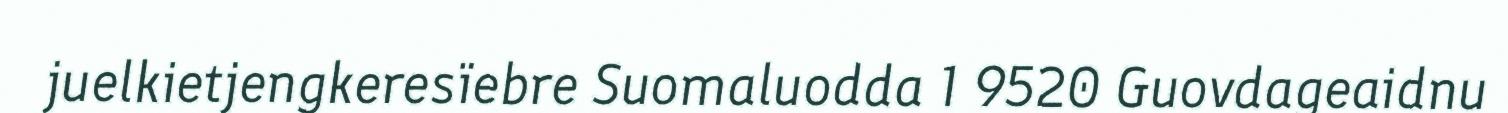
juelkietjengkeresïebre Suomaluodda 1 9520 Guovdageaidnu